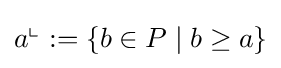
a^{\llcorner }:=\{b\in P\mid b\geq a\}